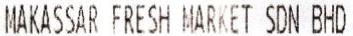
MAKASSAR FRESH MARKET SDN BHD